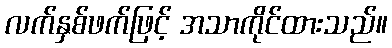
လက်နှစ်ဖက်ဖြင့် အသာကိုင်ထားသည်။